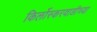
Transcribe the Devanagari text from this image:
किर्लोस्करवाडीच्या